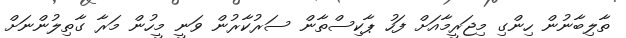
ތާލިބާނުން ހިންގި މިޖަރީމާއަށް ފަހު ޕާކިސްތާން ސަރުކާރުން ވަނީ މީހުން މަރާ ގާތިލުންނަށް